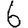
Digit: 6